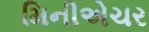
મિનીએચર